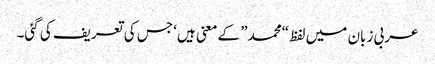
عربی زبان میں لفظ “محمد” کے معنی ہیں ‘جس کی تعریف کی گئی۔